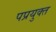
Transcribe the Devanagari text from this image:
पप्रयुक्त